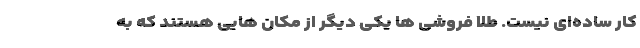
کار ساده­ای نیست. طلا فروشی ها یکی دیگر از مکان­ هایی هستند که به